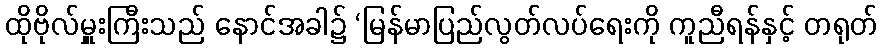
ထိုဗိုလ်မှူးကြီးသည် နောင်အခါ၌ ‘မြန်မာပြည်လွတ်လပ်ရေးကို ကူညီရန်နှင့် တရုတ်